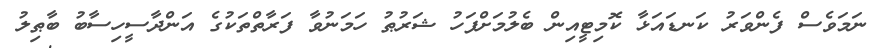
ނަމަވެސް ފެންވަރު ކަނޑައަޅާ ކޮމިޓީއިން ބެލުމަށްފަހު ޝަރުޠު ހަމަނުވާ ފަރާތްތަކުގެ އަންދާސީހިސާބު ބާޠިލު